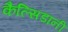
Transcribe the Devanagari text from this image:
कैल्सिडानी